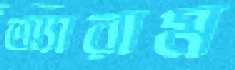
অ্যারাম